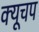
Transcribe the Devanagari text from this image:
क्यूचप